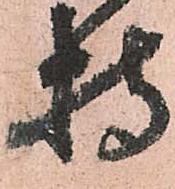
持